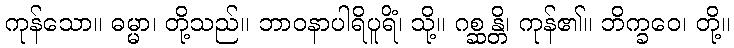
ကုန်သော။ ဓမ္မာ၊ တို့သည်။ ဘာဝနာပါရိပူရိံ၊ သို့။ ဂစ္ဆန္တိ၊ ကုန်၏။ ဘိက္ခဝေ၊ တို့။